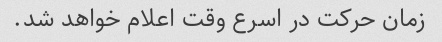
زمان حرکت در اسرع وقت اعلام خواهد شد.